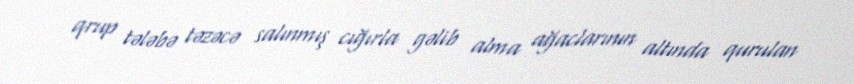
qrup tələbə təzəcə salınmış cığırla gəlib alma ağaclarının altında qurulan